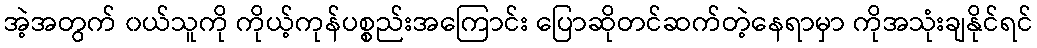
အဲ့အတွက် ၀ယ်သူကို ကိုယ့်ကုန်ပစ္စည်းအကြောင်း ပြောဆိုတင်ဆက်တဲ့နေရာမှာ ကိုအသုံးချနိုင်ရင်